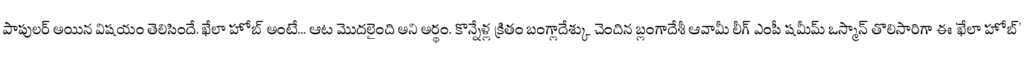
పాపులర్ అయిన విషయం తెలిసిందే. ఖేలా హోబ్ అంటే... ఆట మొదలైంది అని అర్థం. కొన్నేళ్ల క్రితం బంగ్లాదేశ్కు చెందిన బ్లంగాదేశీ ఆవామీ లీగ్ ఎంపీ షమీమ్ ఒస్మాన్ తొలిసారిగా ఈ 'ఖేలా హోబ్'